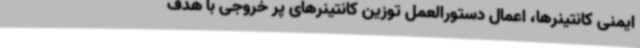
ایمنی کانتینرها، اعمال دستورالعمل توزین کانتینرهای پر خروجی با هدف